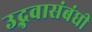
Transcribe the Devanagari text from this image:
उद्भवासंबंधी